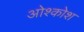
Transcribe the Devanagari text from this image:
ओश्कोश